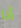
أنا